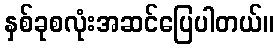
နှစ်ခုစလုံးအဆင်ပြေပါတယ်။